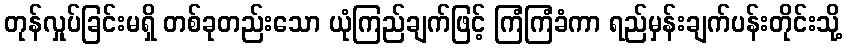
တုန်လှုပ်ခြင်းမရှိ တစ်ခုတည်းသော ယုံကြည်ချက်ဖြင့် ကြံကြံခံကာ ရည်မှန်းချက်ပန်းတိုင်းသို့